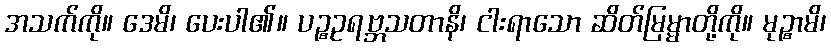
အသက်ကို။ ဒေမိ၊ ပေးပါ၏။ ပဉ္စဥရဗ္ဘသတာနိ၊ ငါးရာသော ဆိတ်မြမ္မာတို့ကို။ မုဉ္စာမိ၊